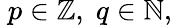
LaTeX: \; p\in\mathbb{Z},\; q\in\mathbb{N},